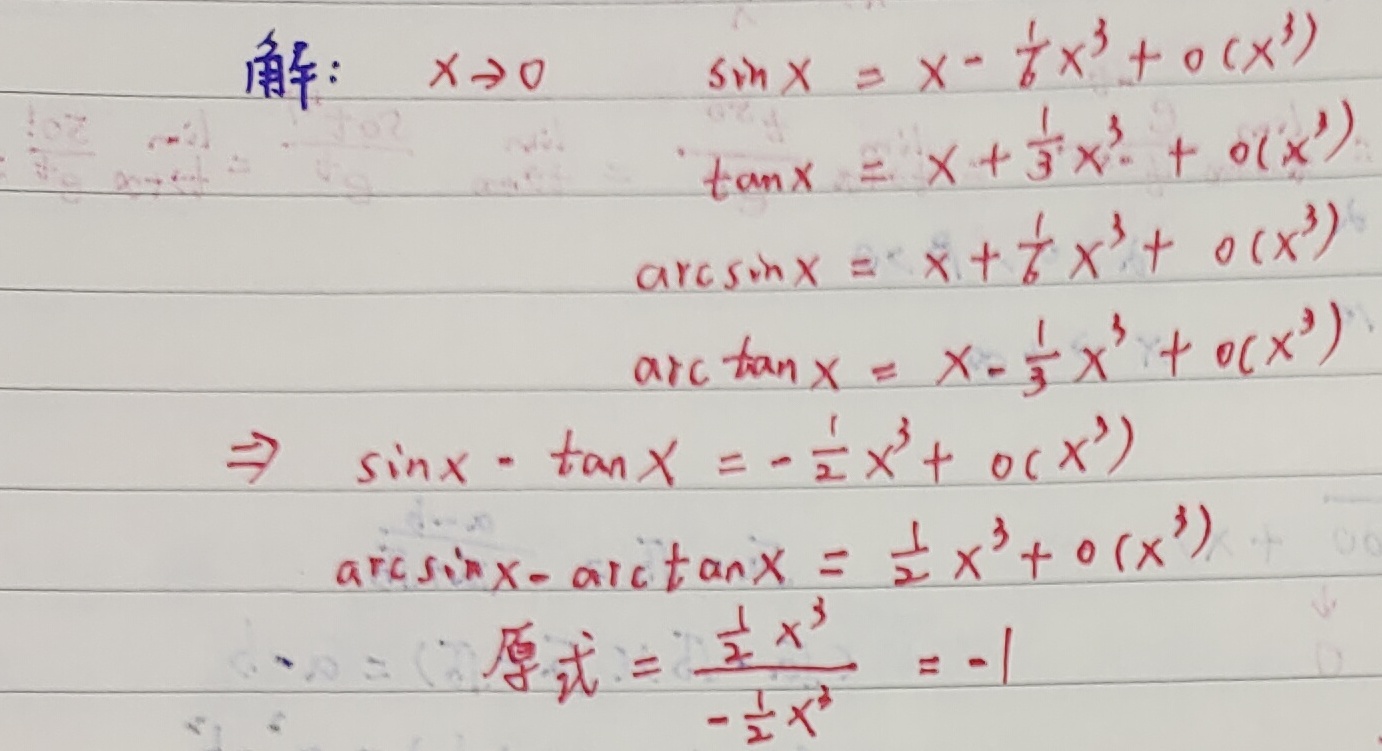
解：$x\to0$
\[
\begin{align*}
\sin x&=x-\frac{1}{6}x^{3}+o(x^{3})\\
\tan x&=x + \frac{1}{3}x^{3}+o(x^{3})\\
\arcsin x&=x+\frac{1}{6}x^{3}+o(x^{3})\\
\arctan x&=x-\frac{1}{3}x^{3}+o(x^{3})\\
\Rightarrow\sin x-\tan x&=-\frac{1}{2}x^{3}+o(x^{3})\\
\arcsin x - \arctan x&=\frac{1}{2}x^{3}+o(x^{3})
\end{align*}
\]
原式$=\frac{\frac{1}{2}x^{3}}{-\frac{1}{2}x^{3}}=- 1$